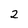
Character: 2